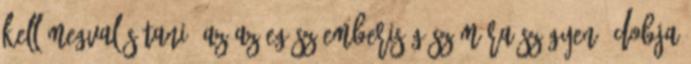
kell megvalósítani, az az egész emberiség számára szégyen. Dobja